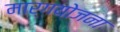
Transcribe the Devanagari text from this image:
मार्गयोजना